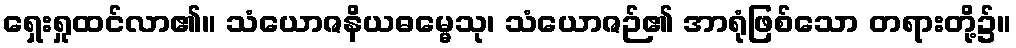
ရှေးရှုထင်လာ၏။ သံယောဇနိယဓမ္မေသု၊ သံယောဇဉ်၏ အာရုံဖြစ်သော တရားတို့၌။